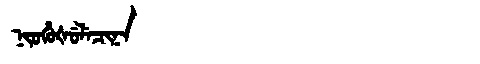
Manchu: ᠨᡳᠣᡥᡠᡧᡠᠯᡝᠴᡳᠨᠠ
Romanization: NIOHUŠULECINA